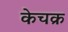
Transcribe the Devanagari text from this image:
केचक्र